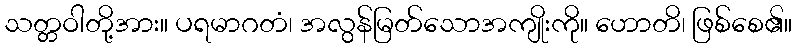
သတ္တဝါတို့အား။ ပရမာဂတံ၊ အလွန်မြတ်သောအကျိုးကို။ ဟောတိ၊ ဖြစ်စေ၏။